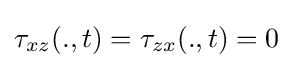
\tau _{xz}(.,t)=\tau _{zx}(.,t)=0